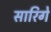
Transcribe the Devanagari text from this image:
सारिगे